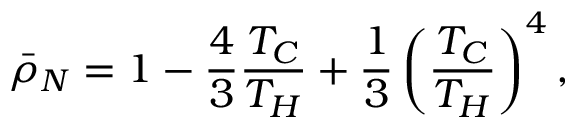
\bar { \rho } _ { N } = 1 - \frac { 4 } { 3 } \frac { T _ { C } } { T _ { H } } + \frac { 1 } { 3 } \left( \frac { T _ { C } } { T _ { H } } \right) ^ { 4 } ,